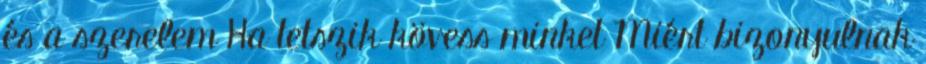
és a szerelem Ha tetszik kövess minket Miért bizonyulnak